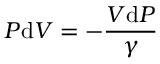
P \mathrm { d } V = - { \frac { V \mathrm { d } P } { \gamma } }